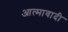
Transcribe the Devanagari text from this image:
आत्मावादी